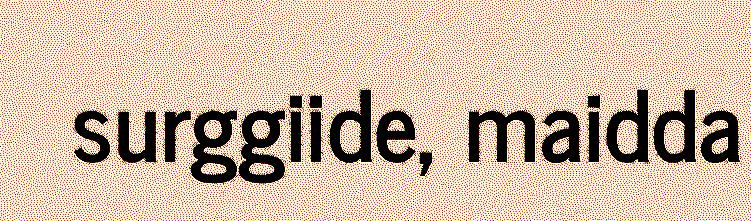
surggiide, maidda